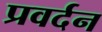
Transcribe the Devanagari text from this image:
प्रवर्दन